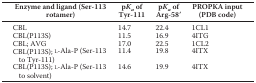
<table><thead><tr><td><b>Enzyme and ligand (Ser-113 rotamer)</b></td><td><b>p<i>K<sub>a</sub></i> of Tyr-111</b></td><td><b>p<i>K<sub>a</sub></i> of Arg-58`</b></td><td><b>PROPKA input (PDB code)</b></td></tr></thead><tbody><tr><td>CBL</td><td>14.7</td><td>22.4</td><td>1CL1</td></tr><tr><td>CBL(P113S)</td><td>11.5</td><td>16.9</td><td>4ITG</td></tr><tr><td>CBL; AVG</td><td>17.0</td><td>22.5</td><td>1CL2</td></tr><tr><td>CBL(P113S); l-Ala-P (Ser-113 to Tyr-111)</td><td>11.4</td><td>19.8</td><td>4ITX</td></tr><tr><td>CBL(P113S); l-Ala-P (Ser-113 to solvent)</td><td>14.6</td><td>19.9</td><td>4ITX</td></tr></tbody></table>